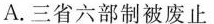
A. 三省六部制被废止